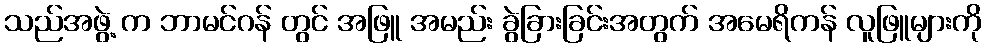
သည်အဖွဲ့ က ဘာမင်ဂန် တွင် အဖြူ အမည်း ခွဲခြားခြင်းအတွက် အမေရိကန် လူဖြူများကို